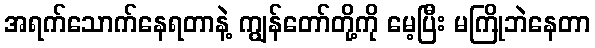
အရက်သောက်နေရတာနဲ့ ကျွန်တော်တို့ကို မေ့ပြီး မကြိုဘဲနေတာ